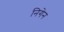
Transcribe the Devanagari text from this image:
निगेन